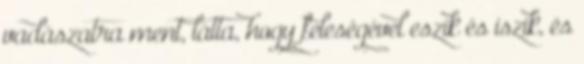
vadászatra ment, látta, hogy feleségével eszik és iszik, és